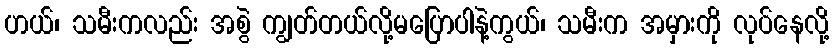
ဟယ်၊ သမီးကလည်း အစွဲ ကျွတ်တယ်လို့မပြောပါနဲ့ကွယ်၊ သမီးက အမှားကို လုပ်နေလို့